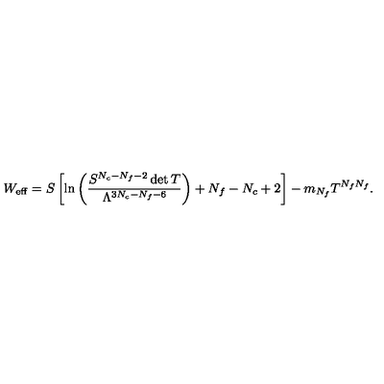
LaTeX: W _ { \mathrm { e f f } } = S \left[ \ln \left( \frac { S ^ { N _ { c } - N _ { f } - 2 } \det T } { \Lambda ^ { 3 N _ { c } - N _ { f } - 6 } } \right) + N _ { f } - N _ { c } + 2 \right] - m _ { N _ { f } } T ^ { N _ { f } N _ { f } } .